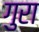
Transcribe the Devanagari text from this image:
गुरा